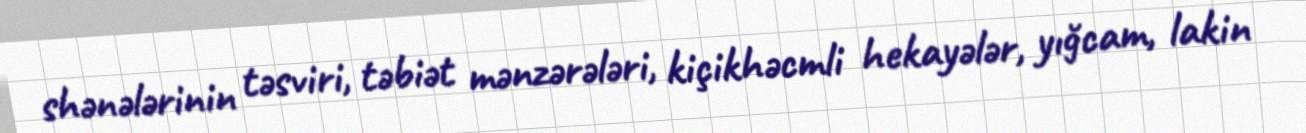
shənələrinin təsviri, təbiət mənzərələri, kiçikhəcmli hekayələr, yığcam, lakin